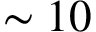
\sim 1 0